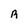
Character: R